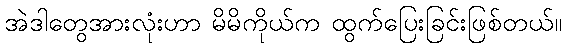
အဲဒါတွေအားလုံးဟာ မိမိကိုယ်က ထွက်ပြေးခြင်းဖြစ်တယ်။